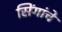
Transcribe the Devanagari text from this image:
सिंगांचे